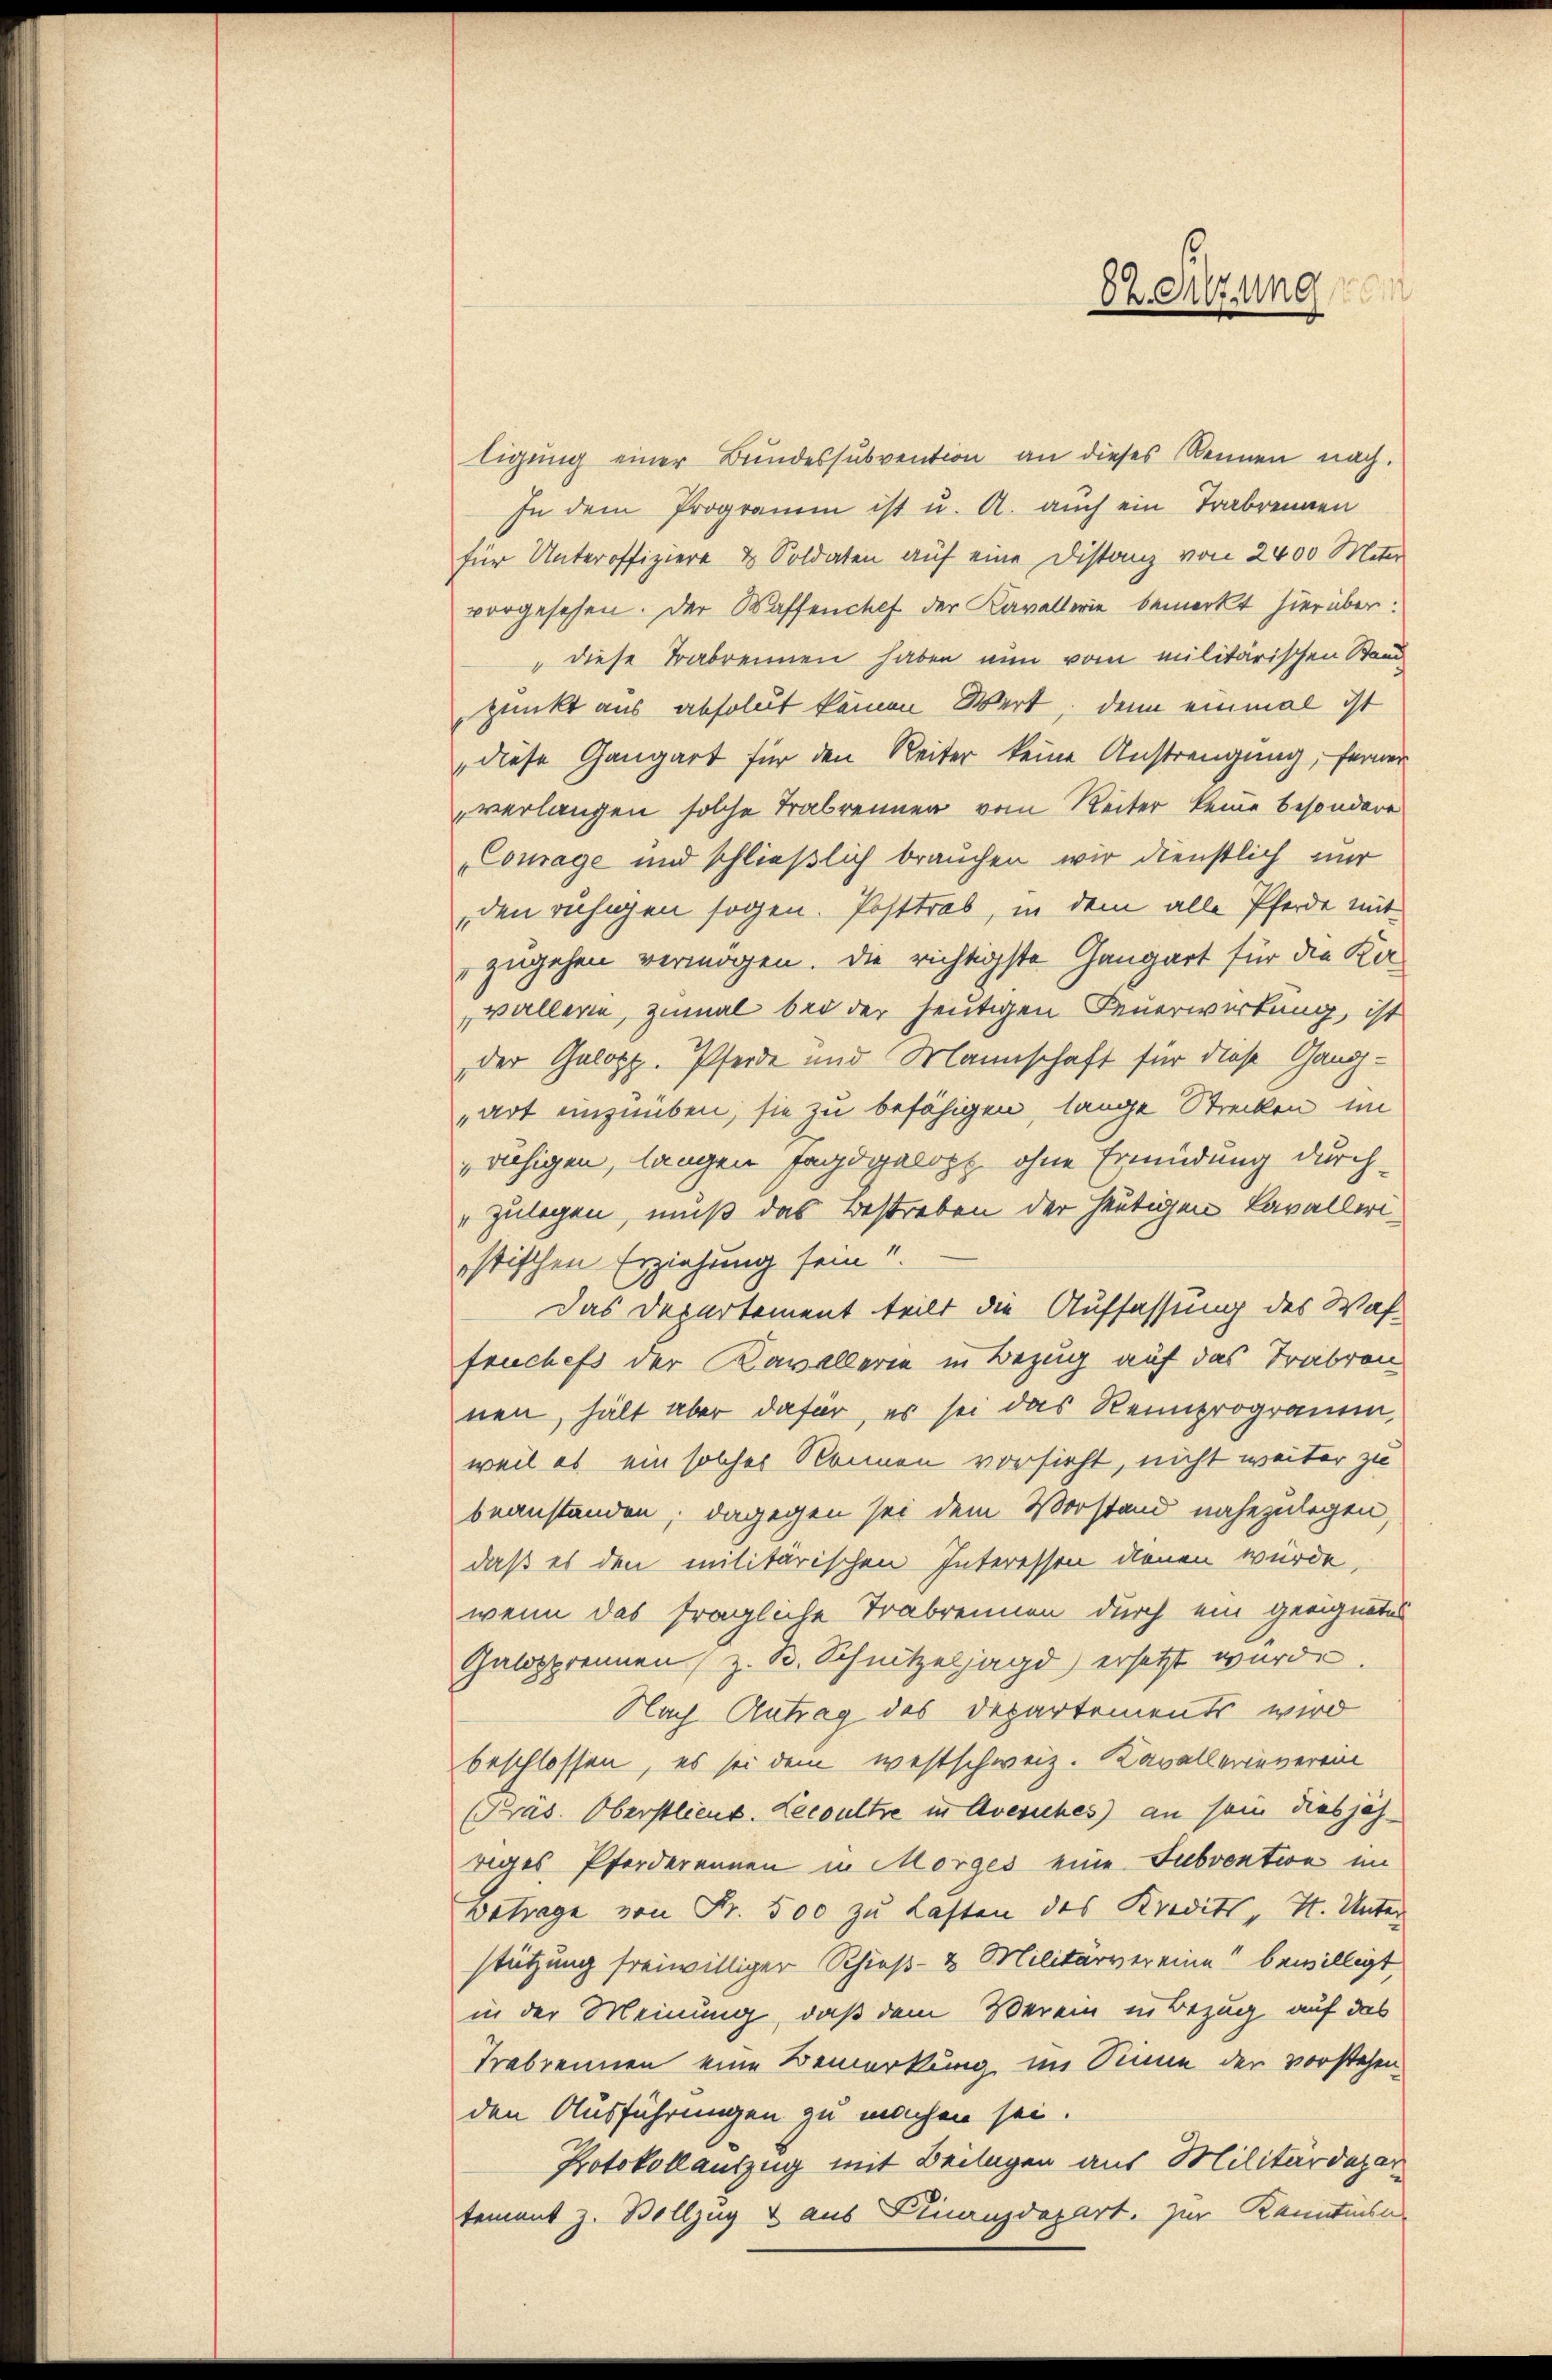
BZ etzung

ligung einer Bundessubvention an dieses Rennen nach.
In dem Programm ist u. A. auch ein Trabrennen
für Unteroffiziere & Soldaten auf eine Distanz von 2400 Meter
vorgesehen. Der Waffenchef der Kavallerie bemerkt hierüber:
" diese Trabrennen haben nun vom militärischen Stand
punkt aus absolut keinen Wert, denn einmal ist
diese Gangart für den Reiter keine Anstrengung, ferner
verlangen solche Trabrennen vom Reiter keine besondere
Courage und schließlich brauchen wir dienstlich nur
den ruhigen sogen. Posttrab, in dem alle Pferde mit
zugehen vermögen. Die richtigste Gangart für die Kavallerin, zumal bei der heutigen Feuerwirkung, ist
der Galopp. Pferde und Mannschaft für diese Gangart einzuüben, sie zu befähigen, lange Strecken im
ruhigen, langen Jagdgalopp ohne Ermüdung durch-
"zulegen, muß das Bestreben der heutigen Cavalleriistischen Erziehung sein!!!
Das Departement teilt die Auffassung des Waf-
fruchefs der Kavallerie in Bezug auf das Trabron
nen, hält aber dafür, es sei das Reinprogramm,
weil es ein solches Nonnen vorsieht, nicht weiter zu
beanstanden, dagegen sei dem Vorstand nahezulegen,
daß es den militärischen Interessen dienen würde,
wenn das fragliche Trabrennen durch ein geeignetes
Galopprennen, z. B. Schnitzeljagd ersetzt wurde.
Nach Antrag des Departements wird
beschlossen, es sei dem westschweiz. Kavallerieveren
PPräs. Oberstlieut. Lecoultre in Avesiches) an sein diesjäh-
riges Pferderennen in Morges eine Subvention im
Betrage von Fr. 500 zu Lasten des Kreditt, I. Unter
stützung freiwilliger Schieß- & Militärvereine bewilligt,
in der Meinung, daß dem Verein in Bezug auf das
Trabrennen eine Bemerkung im Sinne der vorstehen
den Ausführungen an machen sei.
Protokollauszug mit Beilagen aus Militärdepar
tement z. Vollzug & aus Finanzdepart. Zur Kenntnisa